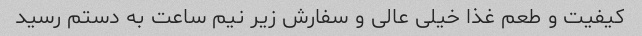
کیفیت و طعم غذا خیلی عالی و سفارش زیر نیم ساعت به دستم رسید